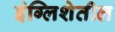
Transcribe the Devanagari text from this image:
इंग्लिशेतील